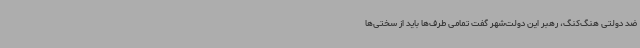
ضد دولتی هنگ‌کنگ، رهبر این دولت‌شهر گفت تمامی طرف‌ها باید از سختی‌ها